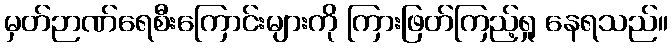
မှတ်ဉာဏ်ရေစီးကြောင်းများကို ကြားဖြတ်ကြည့်ရှု နေရသည်။